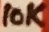
Text: 10K